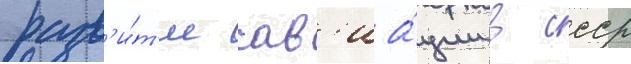
разв'и́т'ие ав'иа́ции в ссср